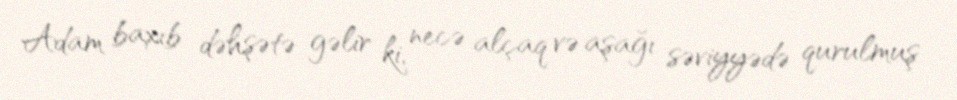
Adam baxıb dəhşətə gəlir ki, necə alçaq və aşağı səviyyədə qurulmuş